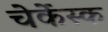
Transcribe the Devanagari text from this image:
चेर्केस्क